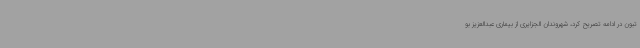
تبون در ادامه تصریح کرد، شهروندان الجزایری از بیماری عبدالعزیز بو